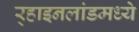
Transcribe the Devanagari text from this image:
र्‍हाइनलांडमध्ये